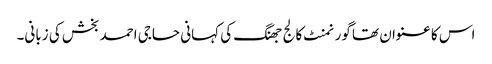
اس کا عنوان تھا گورنمنٹ کالج جھنگ کی کہانی حاجی احمد بخش کی زبانی۔